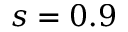
s = 0 . 9